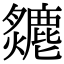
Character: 𤒣